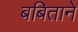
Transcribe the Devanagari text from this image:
बबिताने